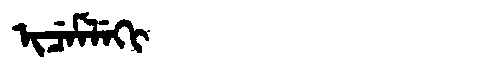
Manchu: ᡳᠴᡝᠮᠯᡝᡴᡳ
Romanization: ICEMLEKI